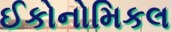
ઈકોનોમિકલ